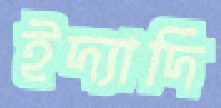
ইদ্যাদি